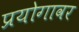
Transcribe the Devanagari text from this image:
प्रयोगावर